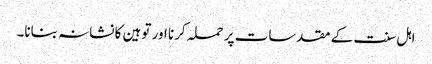
اہل سنت کے مقدسات پر حملہ کرنا اور توہین کا نشانہ بنانا۔